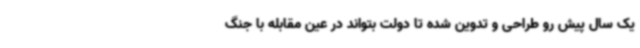
یک سال پیش رو طراحی و تدوین شده تا دولت بتواند در عین مقابله با جنگ